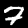
Digit: 7